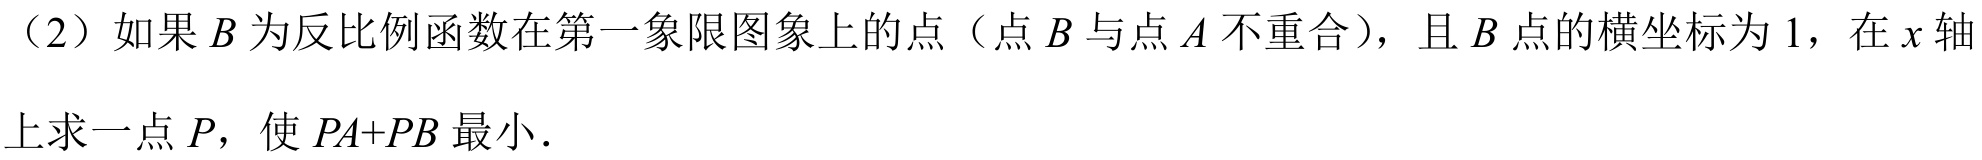
（2）如果$B$为反比例函数在第一象限图象上的点（点$B$与点$A$不重合），且$B$点的横坐标为$1$，在$x$轴上求一点$P$，使$PA + PB$最小．